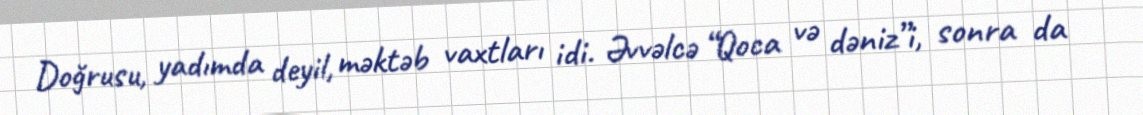
Doğrusu, yadımda deyil, məktəb vaxtları idi. Əvvəlcə “Qoca və dəniz”i, sonra da